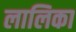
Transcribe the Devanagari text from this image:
लालिका